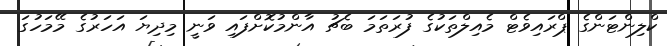
ކްލިންޓަންގެ ޕްރައިވެޓް މެއިލްތަކުގެ ފުރަތަމަ ބެޗު އާންމުކޮށްފައި ވަނީ މިދިޔަ އަހަރުގެ މޭމަހުގަ